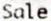
SALE